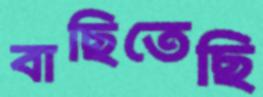
বাছিতেছি